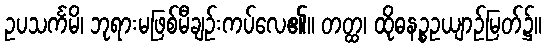
ဥပသင်္ကမိ၊ ဘုရားမဖြစ်မီချဉ်းကပ်လေ၏။ တတ္ထ၊ ထိုဓနဉ္စဥယျာဉ်မြတ်၌။